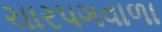
ચારપગવાળા